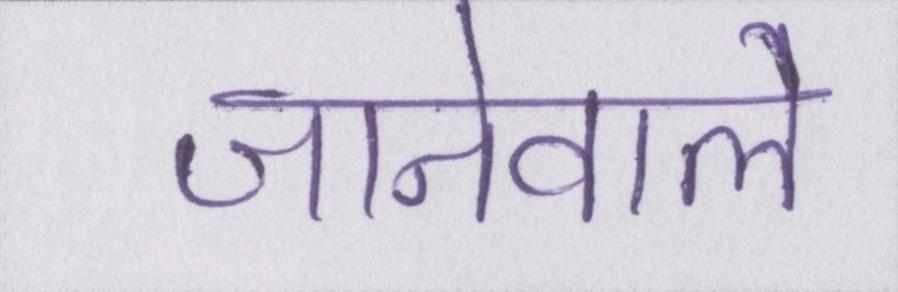
जानेवाले